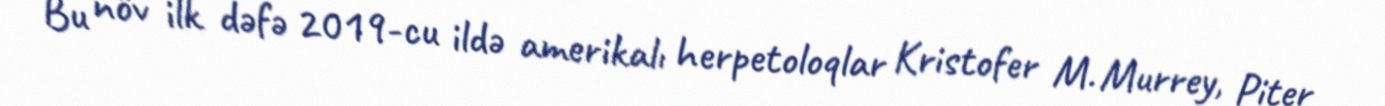
Bu növ ilk dəfə 2019-cu ildə amerikalı herpetoloqlar Kristofer M. Murrey, Piter